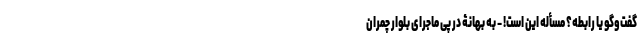
گفت‌و‌گو یا رابطه؟ مسأله این است! - به بهانۀ در پی ماجرای بلوار چمران